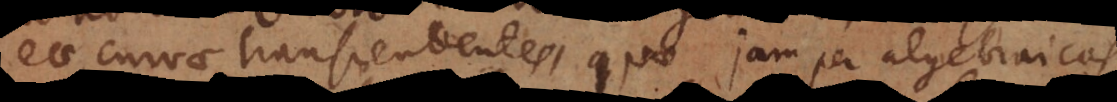
eae curvae transcendentes, quae jam per algebraic